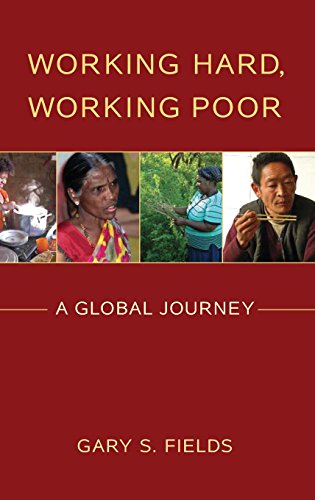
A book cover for Working Hard, Working Poor: A Global Journey; Gary S. Fields; Business & Money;